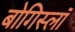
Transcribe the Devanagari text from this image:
बोगिस्लॉ